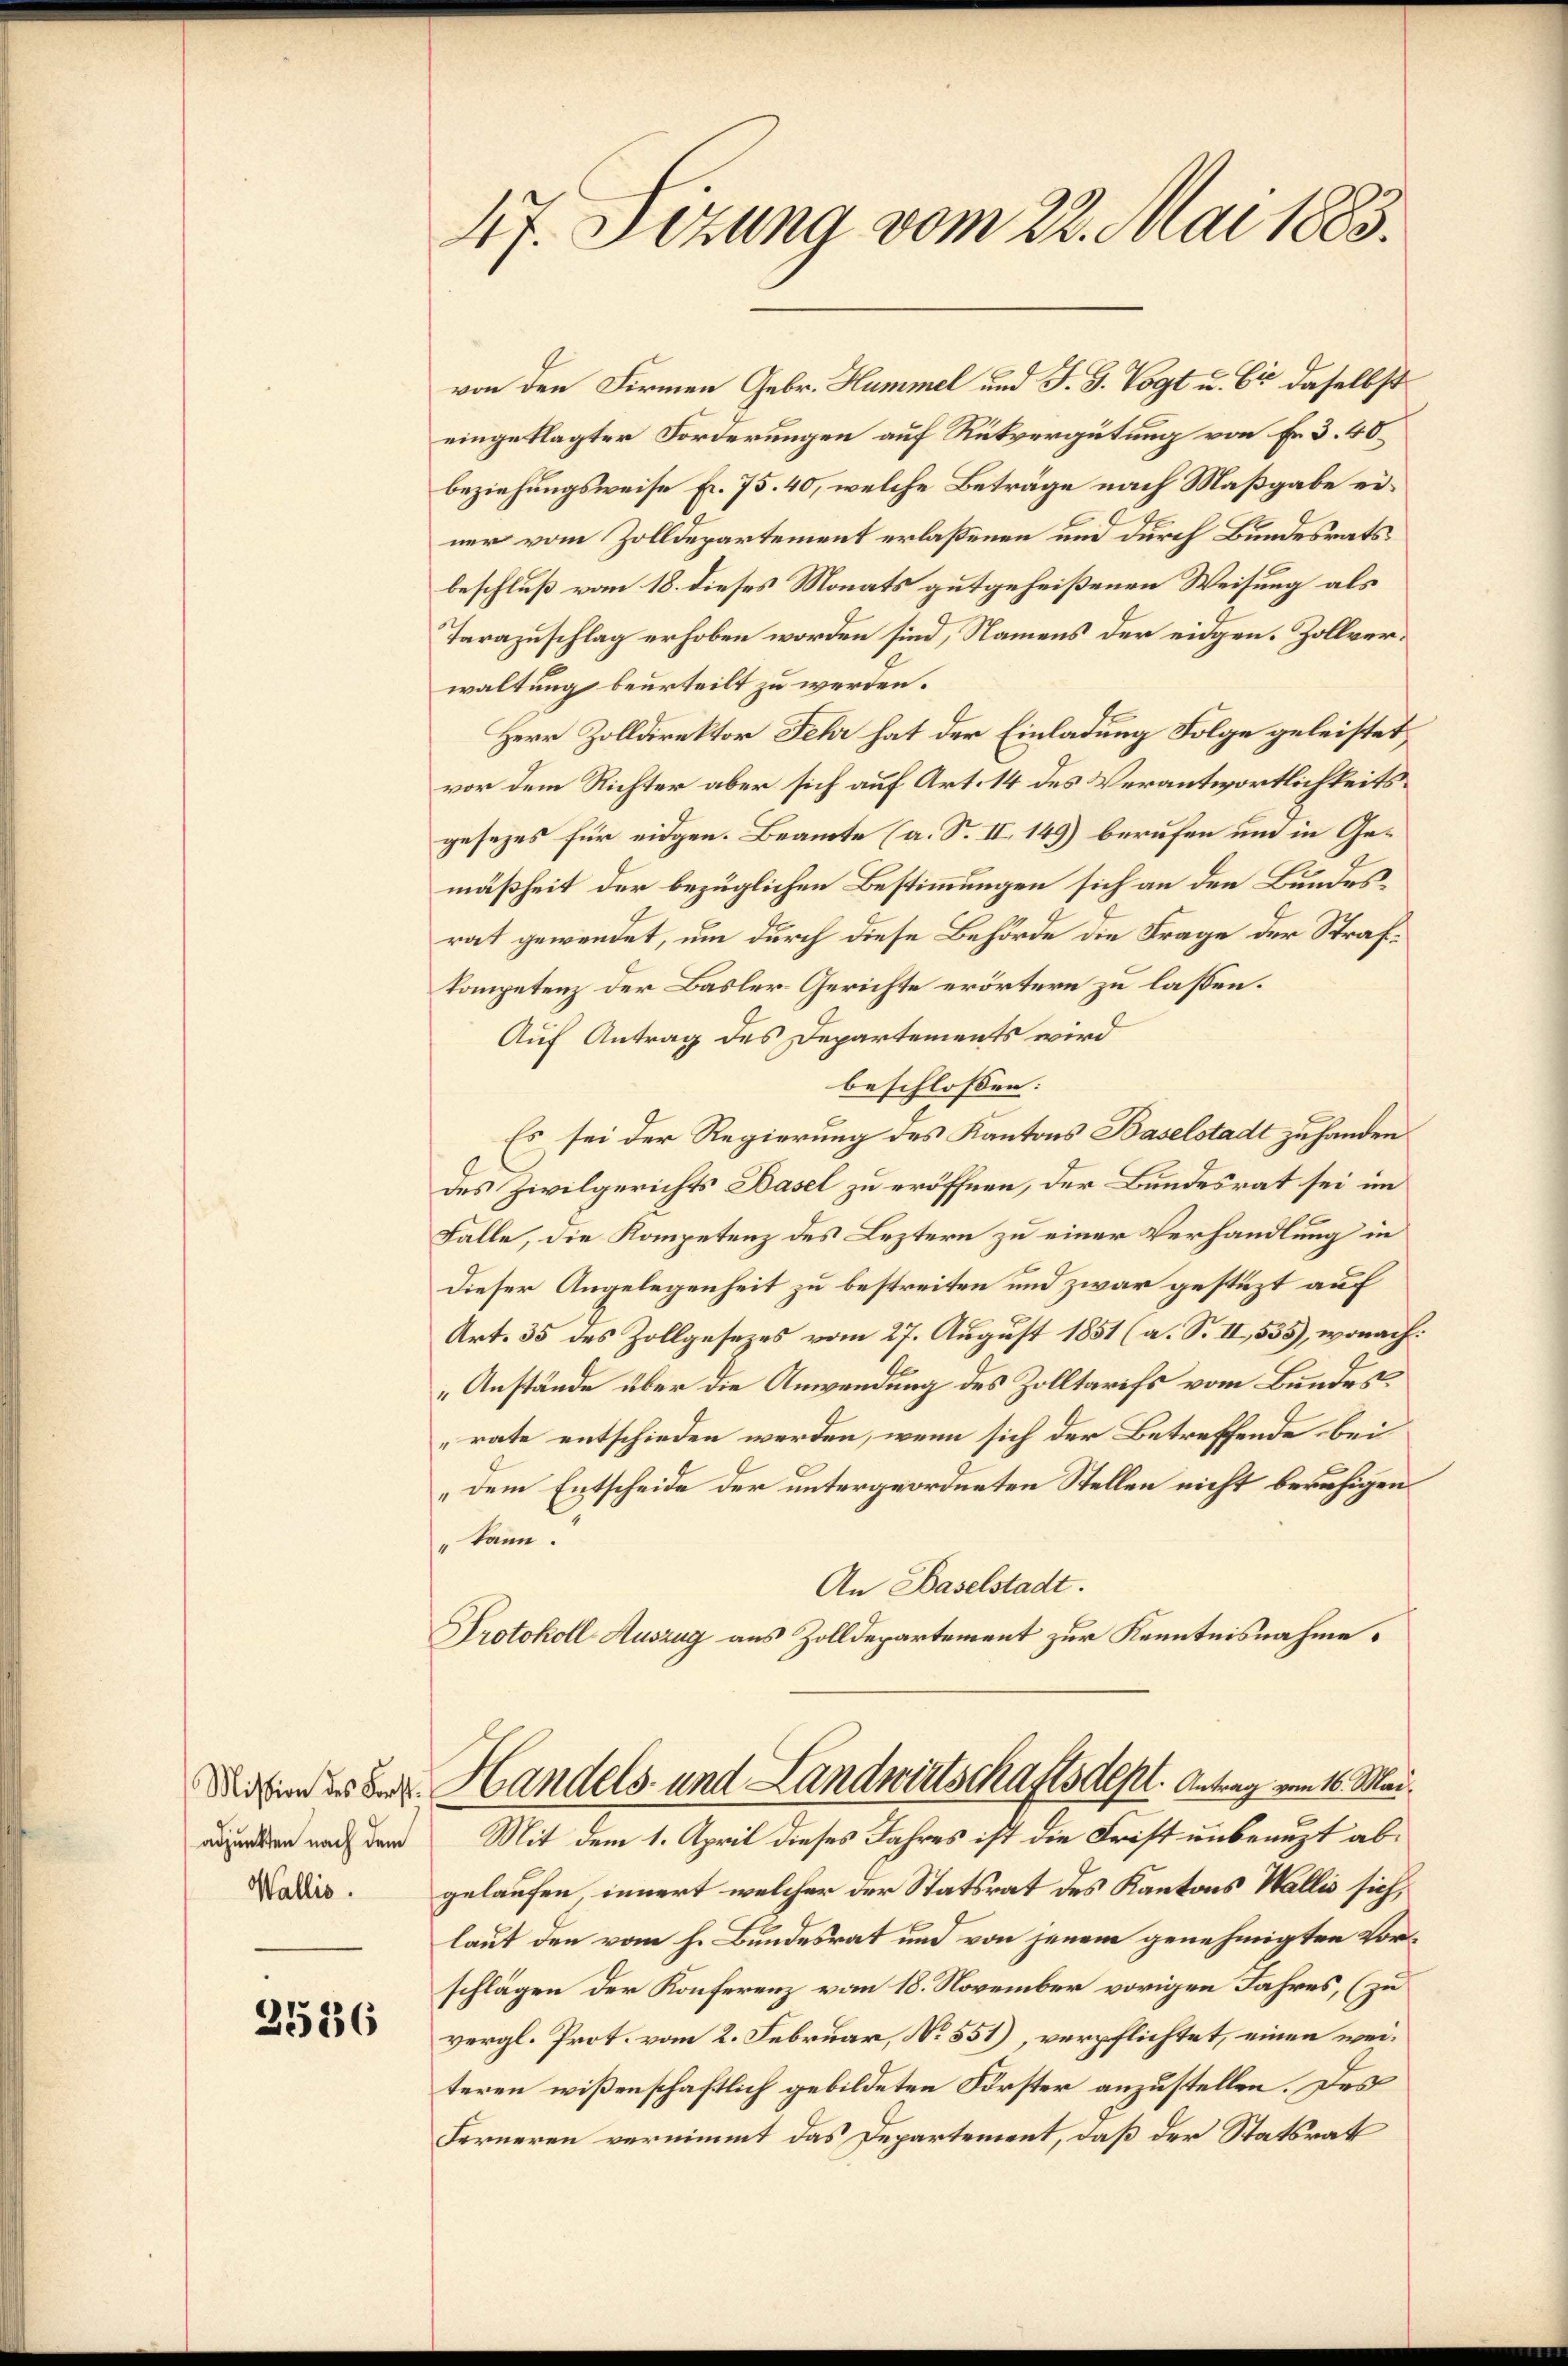
Mission des Forst.
adjunkten nach dem
Wallis.

2536

47. Sizung vom 22. Mai 1883.

von den Firmen Gebr. Hummel und J. G. Vogt u. Er daselbst
eingeklagter Forderungen auf Rückvergütung von Fr. 3. 40.
beziehungsweise Fr. 75. 40, welche Beträge nach Maßgabe einer vom Zolldepartement erlaßenen und durch Bundesrats
beschluß vom 18. dieses Monats gutgeheißenen Weisung als
Tarazuschlag erhoben worden sind, Namens der eidgen. Zollverwaltung beurteilt zu werden.
Herr Zolldirektor Fehr hat der Einladung Folge geleistet,
vor dem Richter aber sich auf Art. 14 des Verantwortlichkeitsgesezes für eidgen. Beamte (a. S. II. 149) berufen um in Gemäßheit der bezüglichen Bestimmungen sich an den Bundesrat gewendet, um durch diese Behörde die Frage der Strafkompetenz der Basler-Gerichte erörtern zu lassen.
Auf Antrag des Departements wird
beschlossen: |
Es sei der Regierung des Kantons Baselstadt zu handen
des Zivilgerichts Basel zu eröffnen, der Bundesrat sei im
Falle, die Kompetenz des Leztern zu einer Verhandlung in
dieser Angelegenheit zu bestreiten und zwar gestüzt auf
Art. 35 des Zollgesetzes vom 27. August 1851 (a. S. II, 535), wonach:
Anstände über die Anwendung des Zolltarifs vom Bundes
rate entschieden werden, wenn sich der Betreffende bei
„dem Entscheide der untergeordneten Stellen nicht beruhigen
" kann.
An Baselstadt.
Protokoll Auszug aus Zolldepartement zur Kenntnisnahme.
Handels- und Landwirtschaftsdepl. Antrag vom 16. Mai.
Mit dem 1. April dieses Jahres ist die Frist unbenuzt abgelaufen innert welcher der Statsrat des Kantons Wallis sich,
laut den vom h. Bundesrat und von jenem genehmigten Vorschlägen der Konferenz vom 18. November vorigen Jahres, (zu
vergl. Prot. vom 2. Februar, No. 551), verpflichtet, einen weiteren wißenschaftlich gebildeten Förster anzustellen. Des
Ferneren vernimmt das Departement, daß der Statsrat